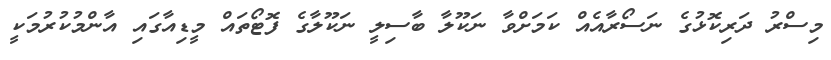
މިސްރު ދަރިކޮޅުގެ ނަސޯރާއެއް ކަމަށްވާ ނަކޫލާ ބާސިލީ ނަކޫލާގެ ފޮޓޯތައް މީޑިއާގައި އާންމުކުރުމަކީ